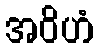
အဝိဟံ